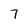
Character: 7